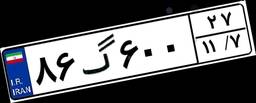
۸۶گ۶۰۰۲۷